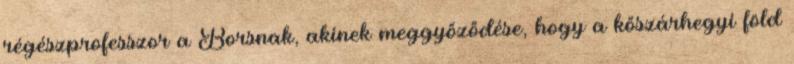
régészprofesszor a Borsnak, akinek meggyőződése, hogy a kőszárhegyi föld